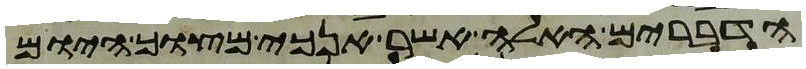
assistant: הדברים האלה אשר אנכי מצוך היום